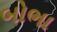
બોભા